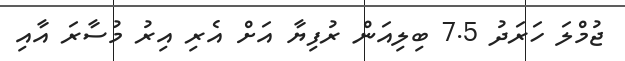
ޖުމްލަ ހަރަދު 7.5 ބިލިއަން ރުފިޔާ އަށް އެރި އިރު މުސާރަ އާއި